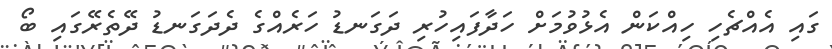
ގައި އެއްޗެހި ހިއްކަން އެޅުވުމަށް ހަދާފައިހުރި ދަގަނޑު ހަރެއްގެ ދެދަގަނޑު ދޭތެރޭގައި ބޯ